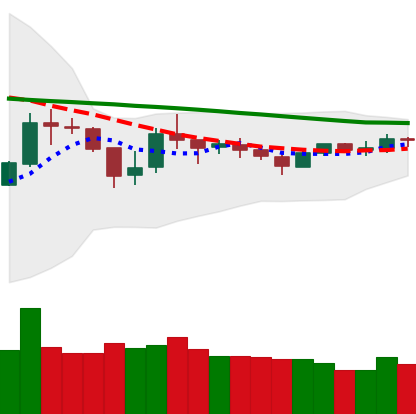
Ticker: BTC-USD
Chart end date: 2018-10-09
Forward return: -5.295%
Label: down_5_7